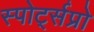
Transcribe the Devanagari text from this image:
स्पोर्ट्सप्रो